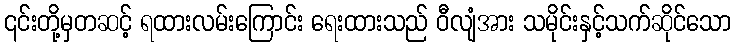
၎င်းတို့မှတဆင့် ရထားလမ်းကြောင်း ရေးထားသည် ဝီလျံအား သမိုင်းနှင့်သက်ဆိုင်သော